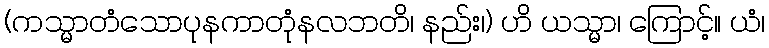
(ကသ္မာတံသောပုနကာတုံနလဘတိ၊ နည်း၊) ဟိ ယသ္မာ၊ ကြောင့်။ ယံ၊